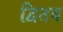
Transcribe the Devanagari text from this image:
द्वितय